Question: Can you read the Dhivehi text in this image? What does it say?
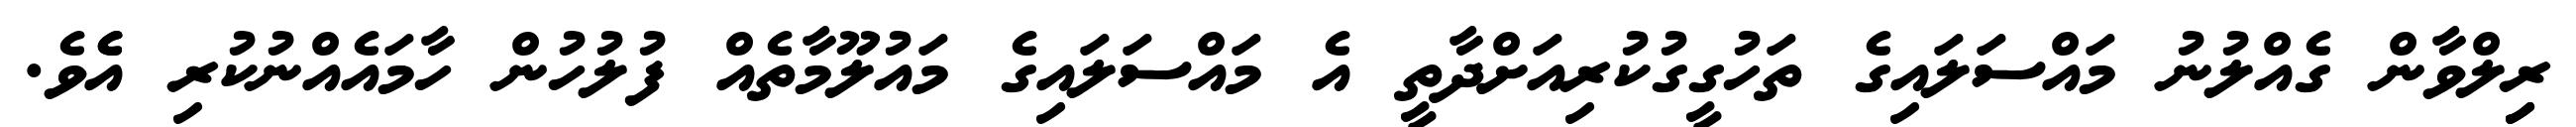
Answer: ރިިލްވާން ގެއްލުނު މައްސަލައިގެ ތަހުގީގުކުރިއަށްދާތީ އެ މައްސަލައިގެ މައުލޫމާތެއް ފުލުހުން ހާމައެއްނުކުރި އެެވެ.